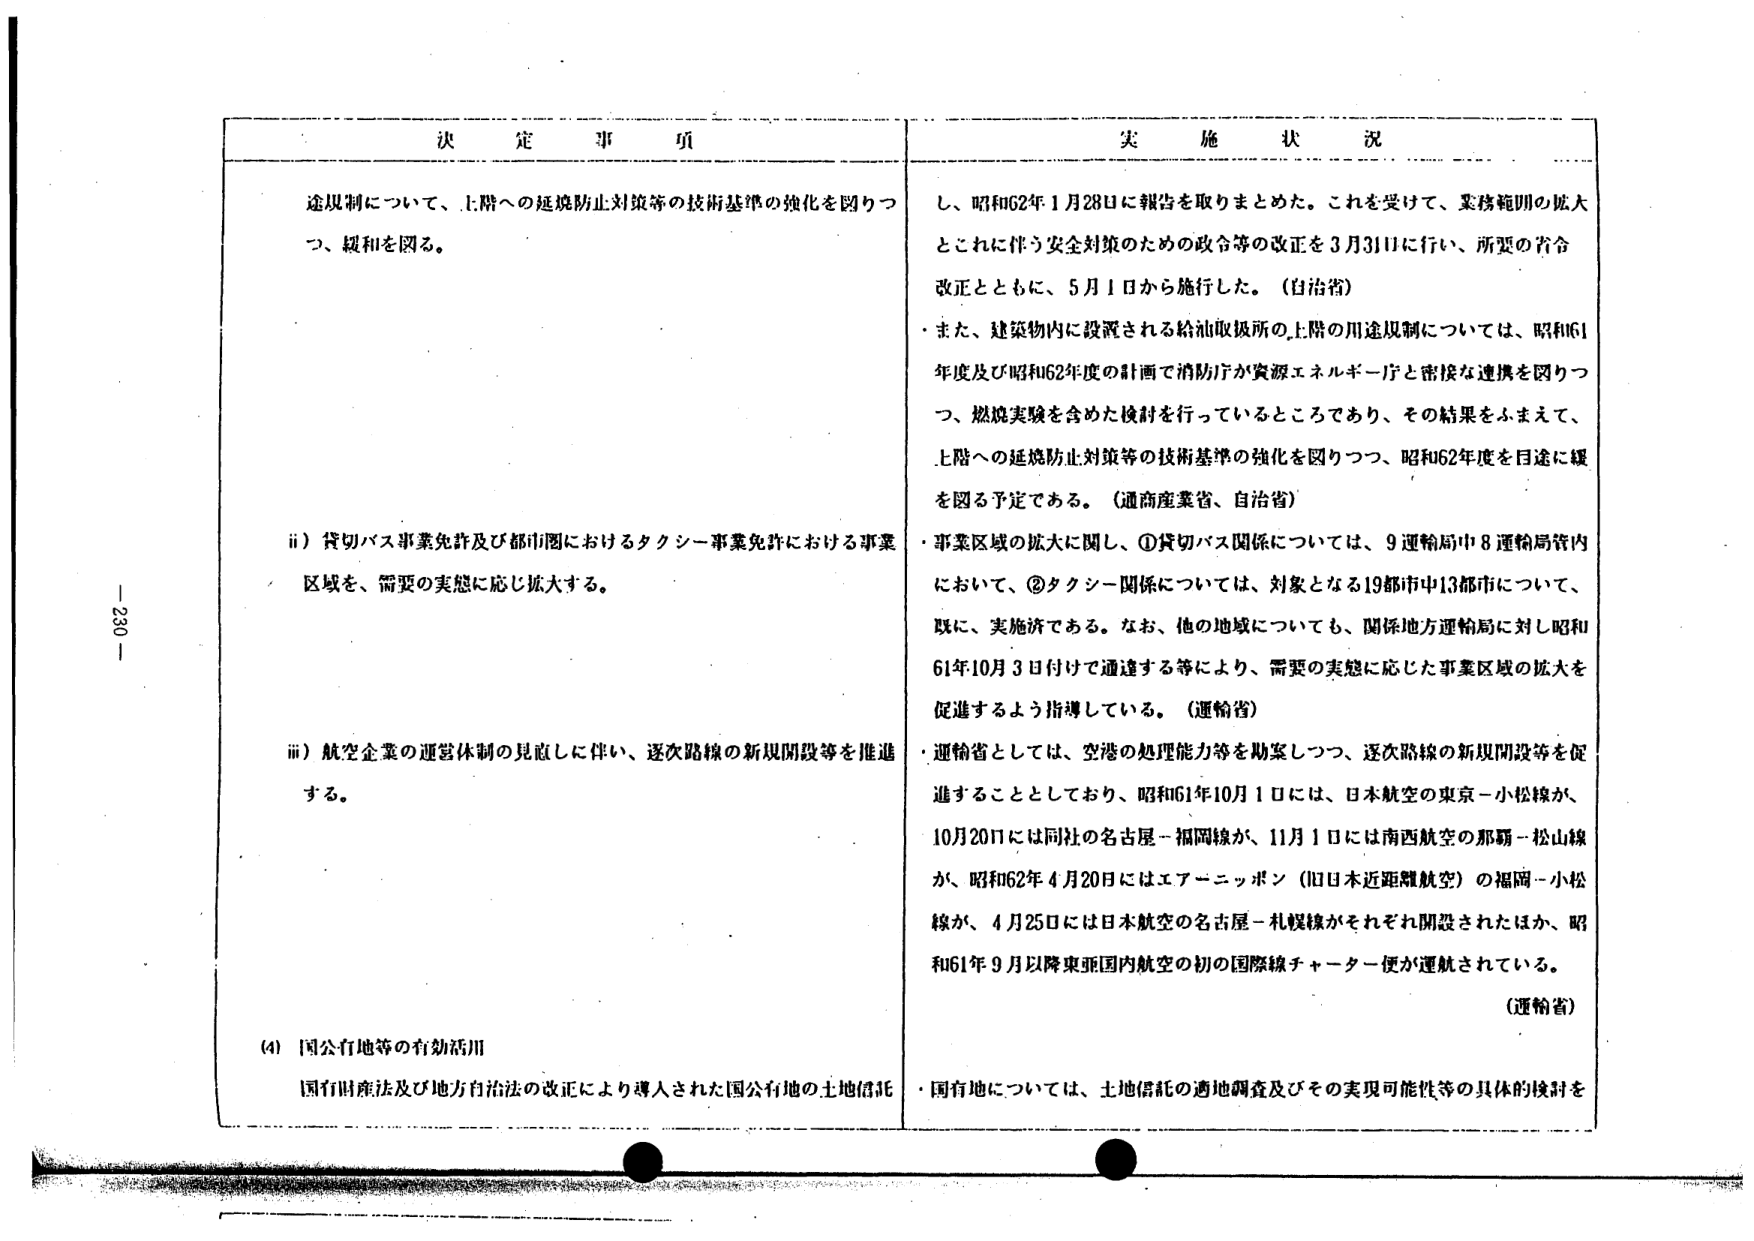
決 定 事 項

途規制について、上階への延焼防止対策等の技術基準の強化を図りつ
つ、緩和を図る。

ii）貸切バス事業免許及び都市圏におけるタクシー事業免許における事業
区域を、需要の実態に応じ拡大する。

iii）航空企業の運営体制の見直しに伴い、逐次路線の新規開設等を推進
する。

(4) 国公有地等の有効活用
国有財産法及び地方自治法の改正により導入された国公有地の土地信託

実 施 状 況

し、昭和62年1月28日に報告を取りまとめた。これを受けて、業務範囲の拡大
とこれに伴う安全対策のための政令等の改正を3月31日に行い、所要の省令
改正とともに、5月1日から施行した。（自治省）

・また、建築物内に設置される給油取扱所の上階の用途規制については、昭和61
年度及び昭和62年度の計画で消防庁が資源エネルギー庁と密接な連携を図りつ
つ、燃焼実験を含めた検討を行っているところであり、その結果をふまえて、
上階への延焼防止対策等の技術基準の強化を図りつつ、昭和62年度を目途に緩
を図る予定である。（通商産業省、自治省）

・事業区域の拡大に関し、①貸切バス関係については、9運輸局中8運輸局管内
において、②タクシー関係については、対象となる19都市中13都市について、
既に、実施済である。なお、他の地域についても、関係地方運輸局に対し昭和
61年10月3日付けで通達する等により、需要の実態に応じた事業区域の拡大を
促進するよう指導している。（運輸省）

・運輸省としては、空港の処理能力等を勘案しつつ、逐次路線の新規開設等を促
進することとしており、昭和61年10月1日には、日本航空の東京－小松線が、
10月20日には同社の名古屋－福岡線が、11月1日には南西航空の那覇－松山線
が、昭和62年4月20日にはエアーニッポン（旧日本近距離航空）の福岡－小松
線が、4月25日には日本航空の名古屋－札幌線がそれぞれ開設されたほか、昭
和61年9月以降東亜国内航空の初の国際線チャーター便が運航されている。
（運輸省）

・国有地については、土地信託の適地調査及びその実現可能性等の具体的検討を

- 230 -